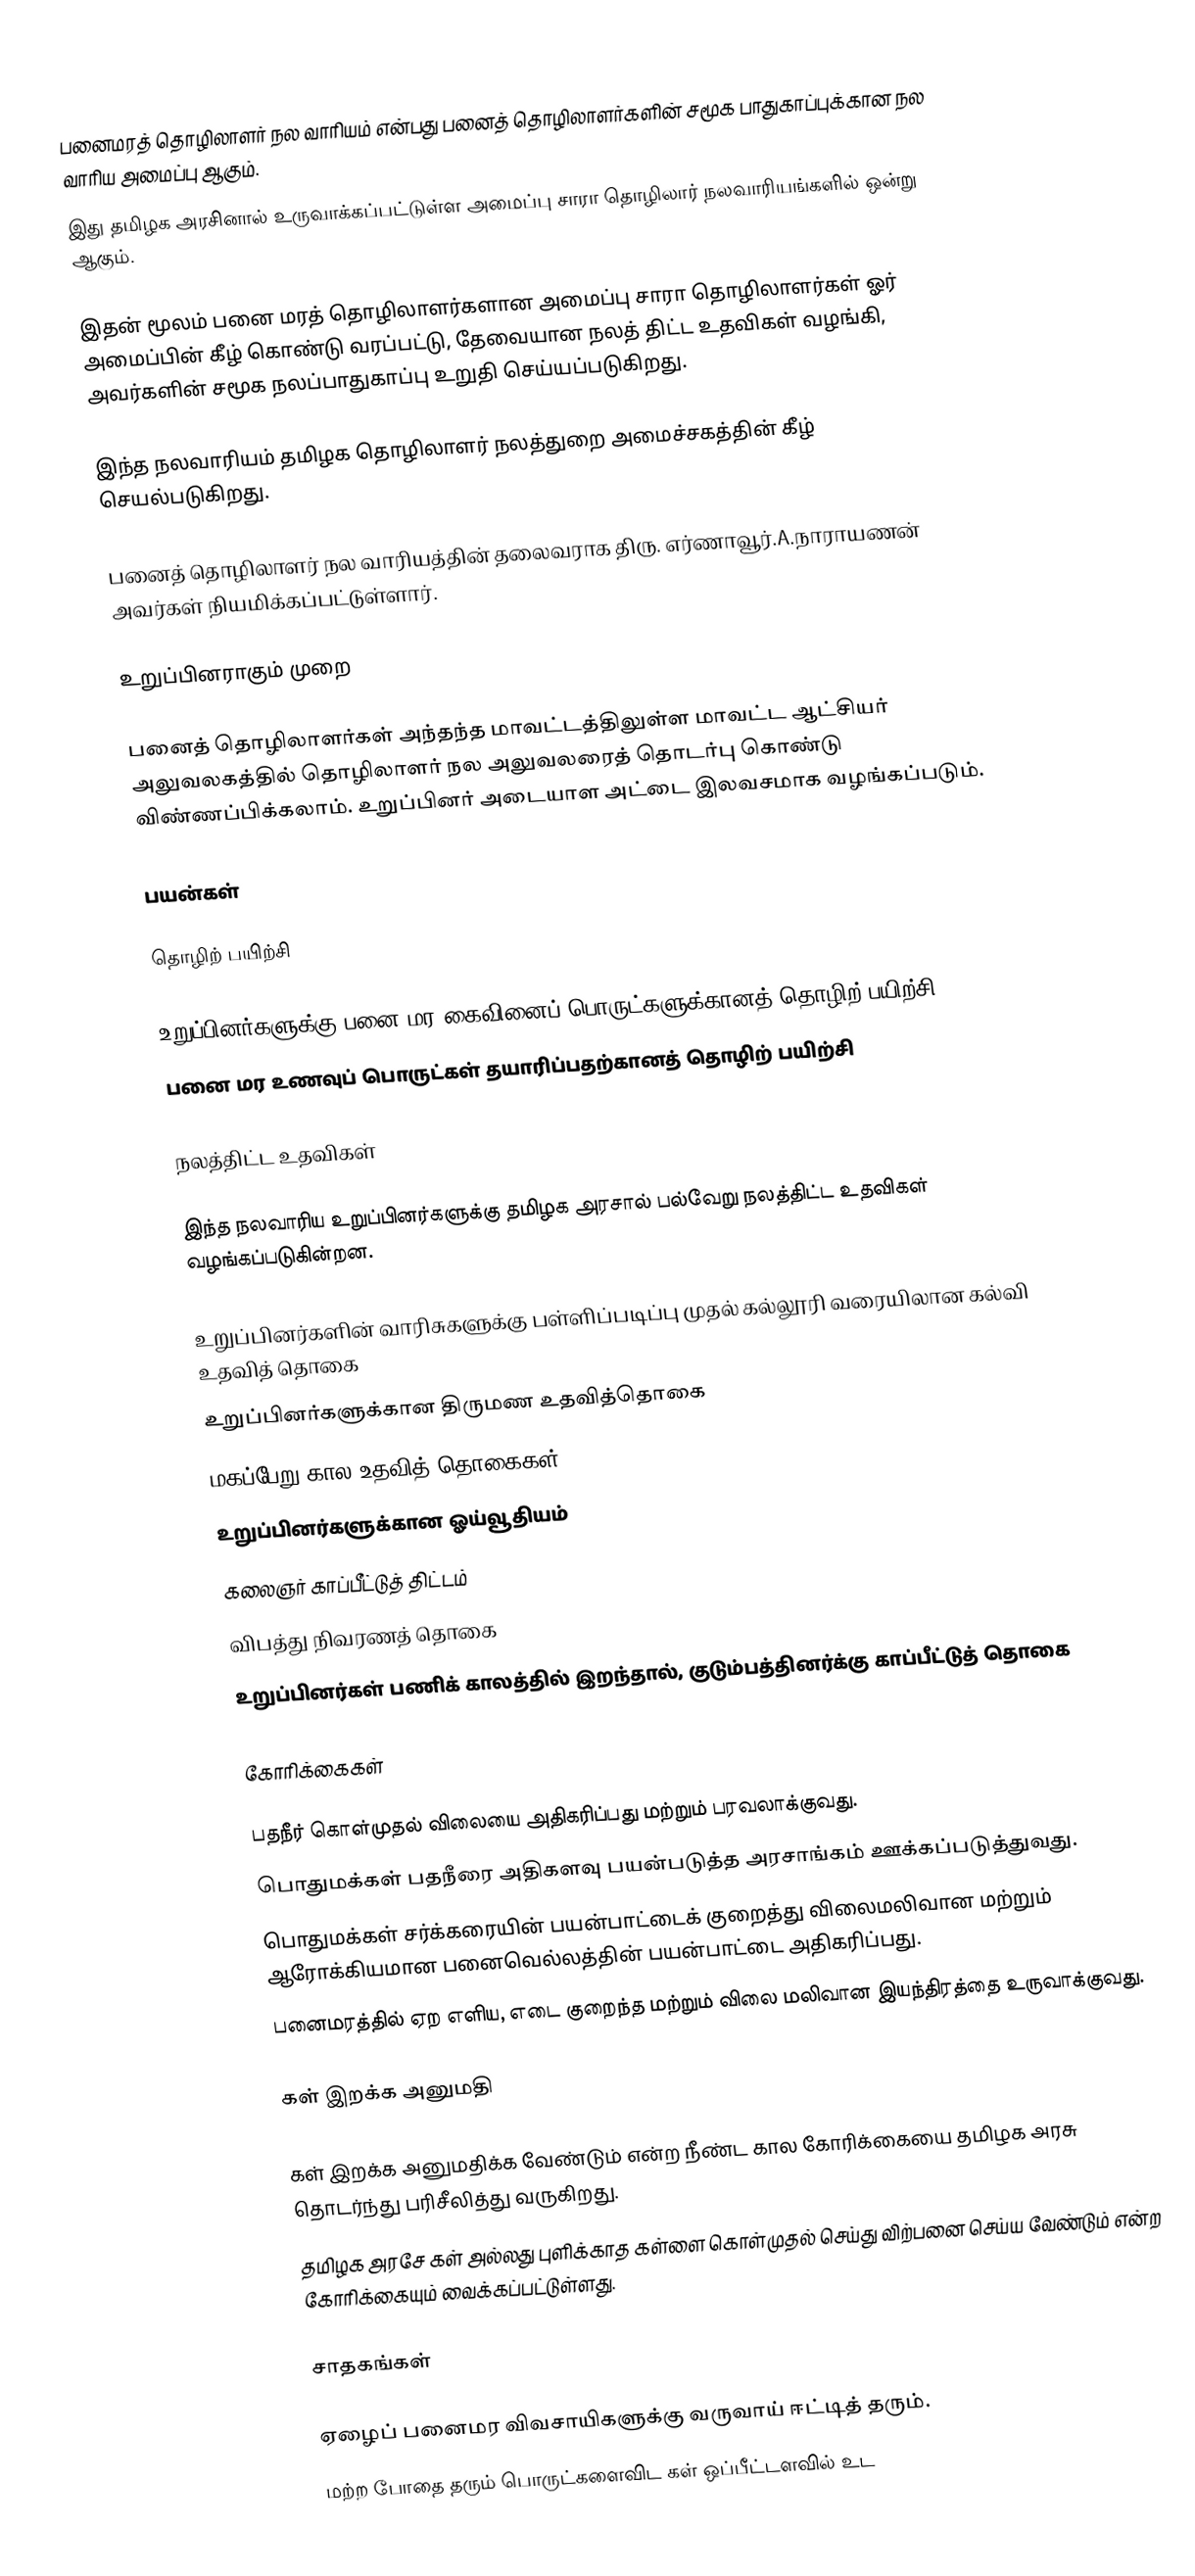
பனைமரத் தொழிலாளர் நல வாரியம் என்பது பனைத் தொழிலாளர்களின் சமூக பாதுகாப்புக்கான நல வாரிய அமைப்பு ஆகும்.
இது தமிழக அரசினால் உருவாக்கப்பட்டுள்ள  அமைப்பு சாரா தொழிலார் நலவாரியங்களில் ஒன்று ஆகும்.

இதன் மூலம் பனை மரத் தொழிலாளர்களான அமைப்பு சாரா தொழிலாளர்கள் ஓர் அமைப்பின் கீழ் கொண்டு வரப்பட்டு, தேவையான நலத் திட்ட உதவிகள் வழங்கி, அவர்களின் சமூக நலப்பாதுகாப்பு உறுதி செய்யப்படுகிறது.

இந்த நலவாரியம் தமிழக தொழிலாளர் நலத்துறை அமைச்சகத்தின் கீழ் செயல்படுகிறது.

பனைத் தொழிலாளர் நல வாரியத்தின் தலைவராக திரு. எர்ணாவூர்.A.நாராயணன் அவர்கள் நியமிக்கப்பட்டுள்ளார்.

உறுப்பினராகும் முறை

பனைத் தொழிலாளர்கள் அந்தந்த மாவட்டத்திலுள்ள மாவட்ட ஆட்சியர் அலுவலகத்தில் தொழிலாளர் நல அலுவலரைத் தொடர்பு கொண்டு விண்ணப்பிக்கலாம். உறுப்பினர் அடையாள அட்டை இலவசமாக வழங்கப்படும்.

பயன்கள்

தொழிற் பயிற்சி

 உறுப்பினர்களுக்கு பனை மர கைவினைப் பொருட்களுக்கானத் தொழிற் பயிற்சி
 பனை மர உணவுப் பொருட்கள் தயாரிப்பதற்கானத் தொழிற் பயிற்சி

நலத்திட்ட உதவிகள்

இந்த நலவாரிய உறுப்பினர்களுக்கு தமிழக அரசால் பல்வேறு நலத்திட்ட உதவிகள் வழங்கப்படுகின்றன.

 உறுப்பினர்களின் வாரிசுகளுக்கு பள்ளிப்படிப்பு முதல் கல்லூரி வரையிலான கல்வி உதவித் தொகை
 உறுப்பினர்களுக்கான திருமண உதவித்தொகை
 மகப்பேறு கால உதவித் தொகைகள்
 உறுப்பினர்களுக்கான ஓய்வூதியம்
 கலைஞர் காப்பீட்டுத் திட்டம்
 விபத்து நிவரணத் தொகை
 உறுப்பினர்கள் பணிக் காலத்தில் இறந்தால், குடும்பத்தினர்க்கு காப்பீட்டுத் தொகை

கோரிக்கைகள்

 பதநீர் கொள்முதல் விலையை அதிகரிப்பது மற்றும் பரவலாக்குவது.
 பொதுமக்கள் பதநீரை அதிகளவு பயன்படுத்த அரசாங்கம் ஊக்கப்படுத்துவது.
 பொதுமக்கள் சர்க்கரையின் பயன்பாட்டைக் குறைத்து விலைமலிவான மற்றும் ஆரோக்கியமான பனைவெல்லத்தின் பயன்பாட்டை அதிகரிப்பது.
 பனைமரத்தில் ஏற எளிய, எடை குறைந்த மற்றும் விலை மலிவான இயந்திரத்தை உருவாக்குவது.

கள் இறக்க அனுமதி

கள் இறக்க அனுமதிக்க வேண்டும் என்ற நீண்ட கால கோரிக்கையை தமிழக அரசு தொடர்ந்து பரிசீலித்து வருகிறது.
தமிழக அரசே கள் அல்லது புளிக்காத கள்ளை கொள்முதல் செய்து விற்பனை செய்ய வேண்டும் என்ற கோரிக்கையும் வைக்கப்பட்டுள்ளது.

சாதகங்கள்

 ஏழைப் பனைமர விவசாயிகளுக்கு வருவாய் ஈட்டித் தரும்.
 மற்ற போதை தரும் பொருட்களைவிட கள் ஒப்பீட்டளவில் உட